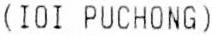
(IOI PUCHONG)